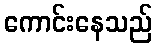
ကောင်းနေသည်